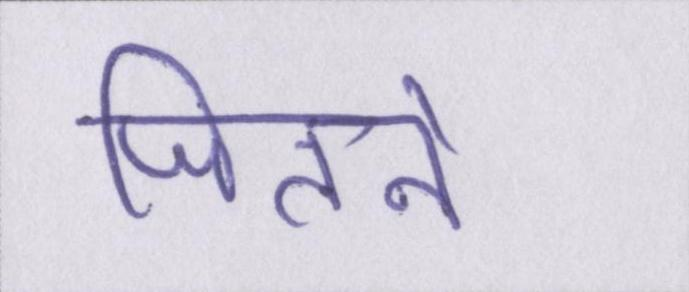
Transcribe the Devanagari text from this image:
जितने